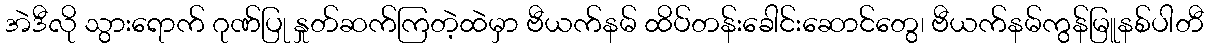
အဲဒီလို သွားရောက် ဂုဏ်ပြု နှုတ်ဆက်ကြတဲ့ထဲမှာ ဗီယက်နမ် ထိပ်တန်းခေါင်းဆောင်တွေ၊ ဗီယက်နမ်ကွန်မြူနစ်ပါတီ